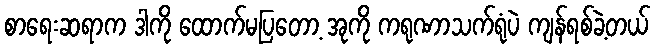
စာရေးဆရာက ဒါကို ထောက်မပြတော့ အုကို ကရုဏာသက်ရုံပဲ ကျန်ရစ်ခဲ့တယ်